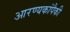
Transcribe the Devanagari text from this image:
आरण्यकांपैकी